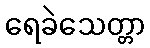
ရေခဲသေတ္တာ